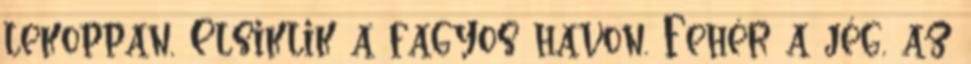
lekoppan, Elsiklik a fagyos havon. Fehér a jég, az